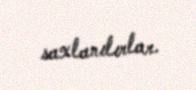
saxlanılırlar.